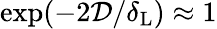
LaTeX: \exp(-2\mathcal{D}/\delta_{\mathrm{L}})\approx 1